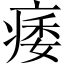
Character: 痿